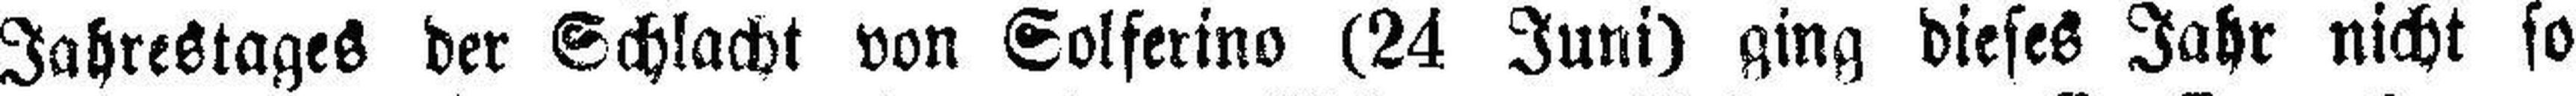
Jahrestages der Schlacht von Solferino (24 Juni) ging dieses Jahr nicht so